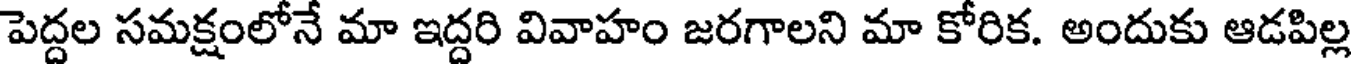
పెద్దల సమక్షంలోనే మా ఇద్దరి వివాహం జరగాలని మా కోరిక. అందుకు ఆడపిల్ల